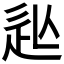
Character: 𲅍